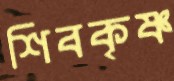
শিবকৃষ্ণ